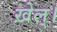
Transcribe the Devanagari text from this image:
ख़ेल्।